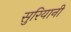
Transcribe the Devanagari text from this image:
सुरियानी